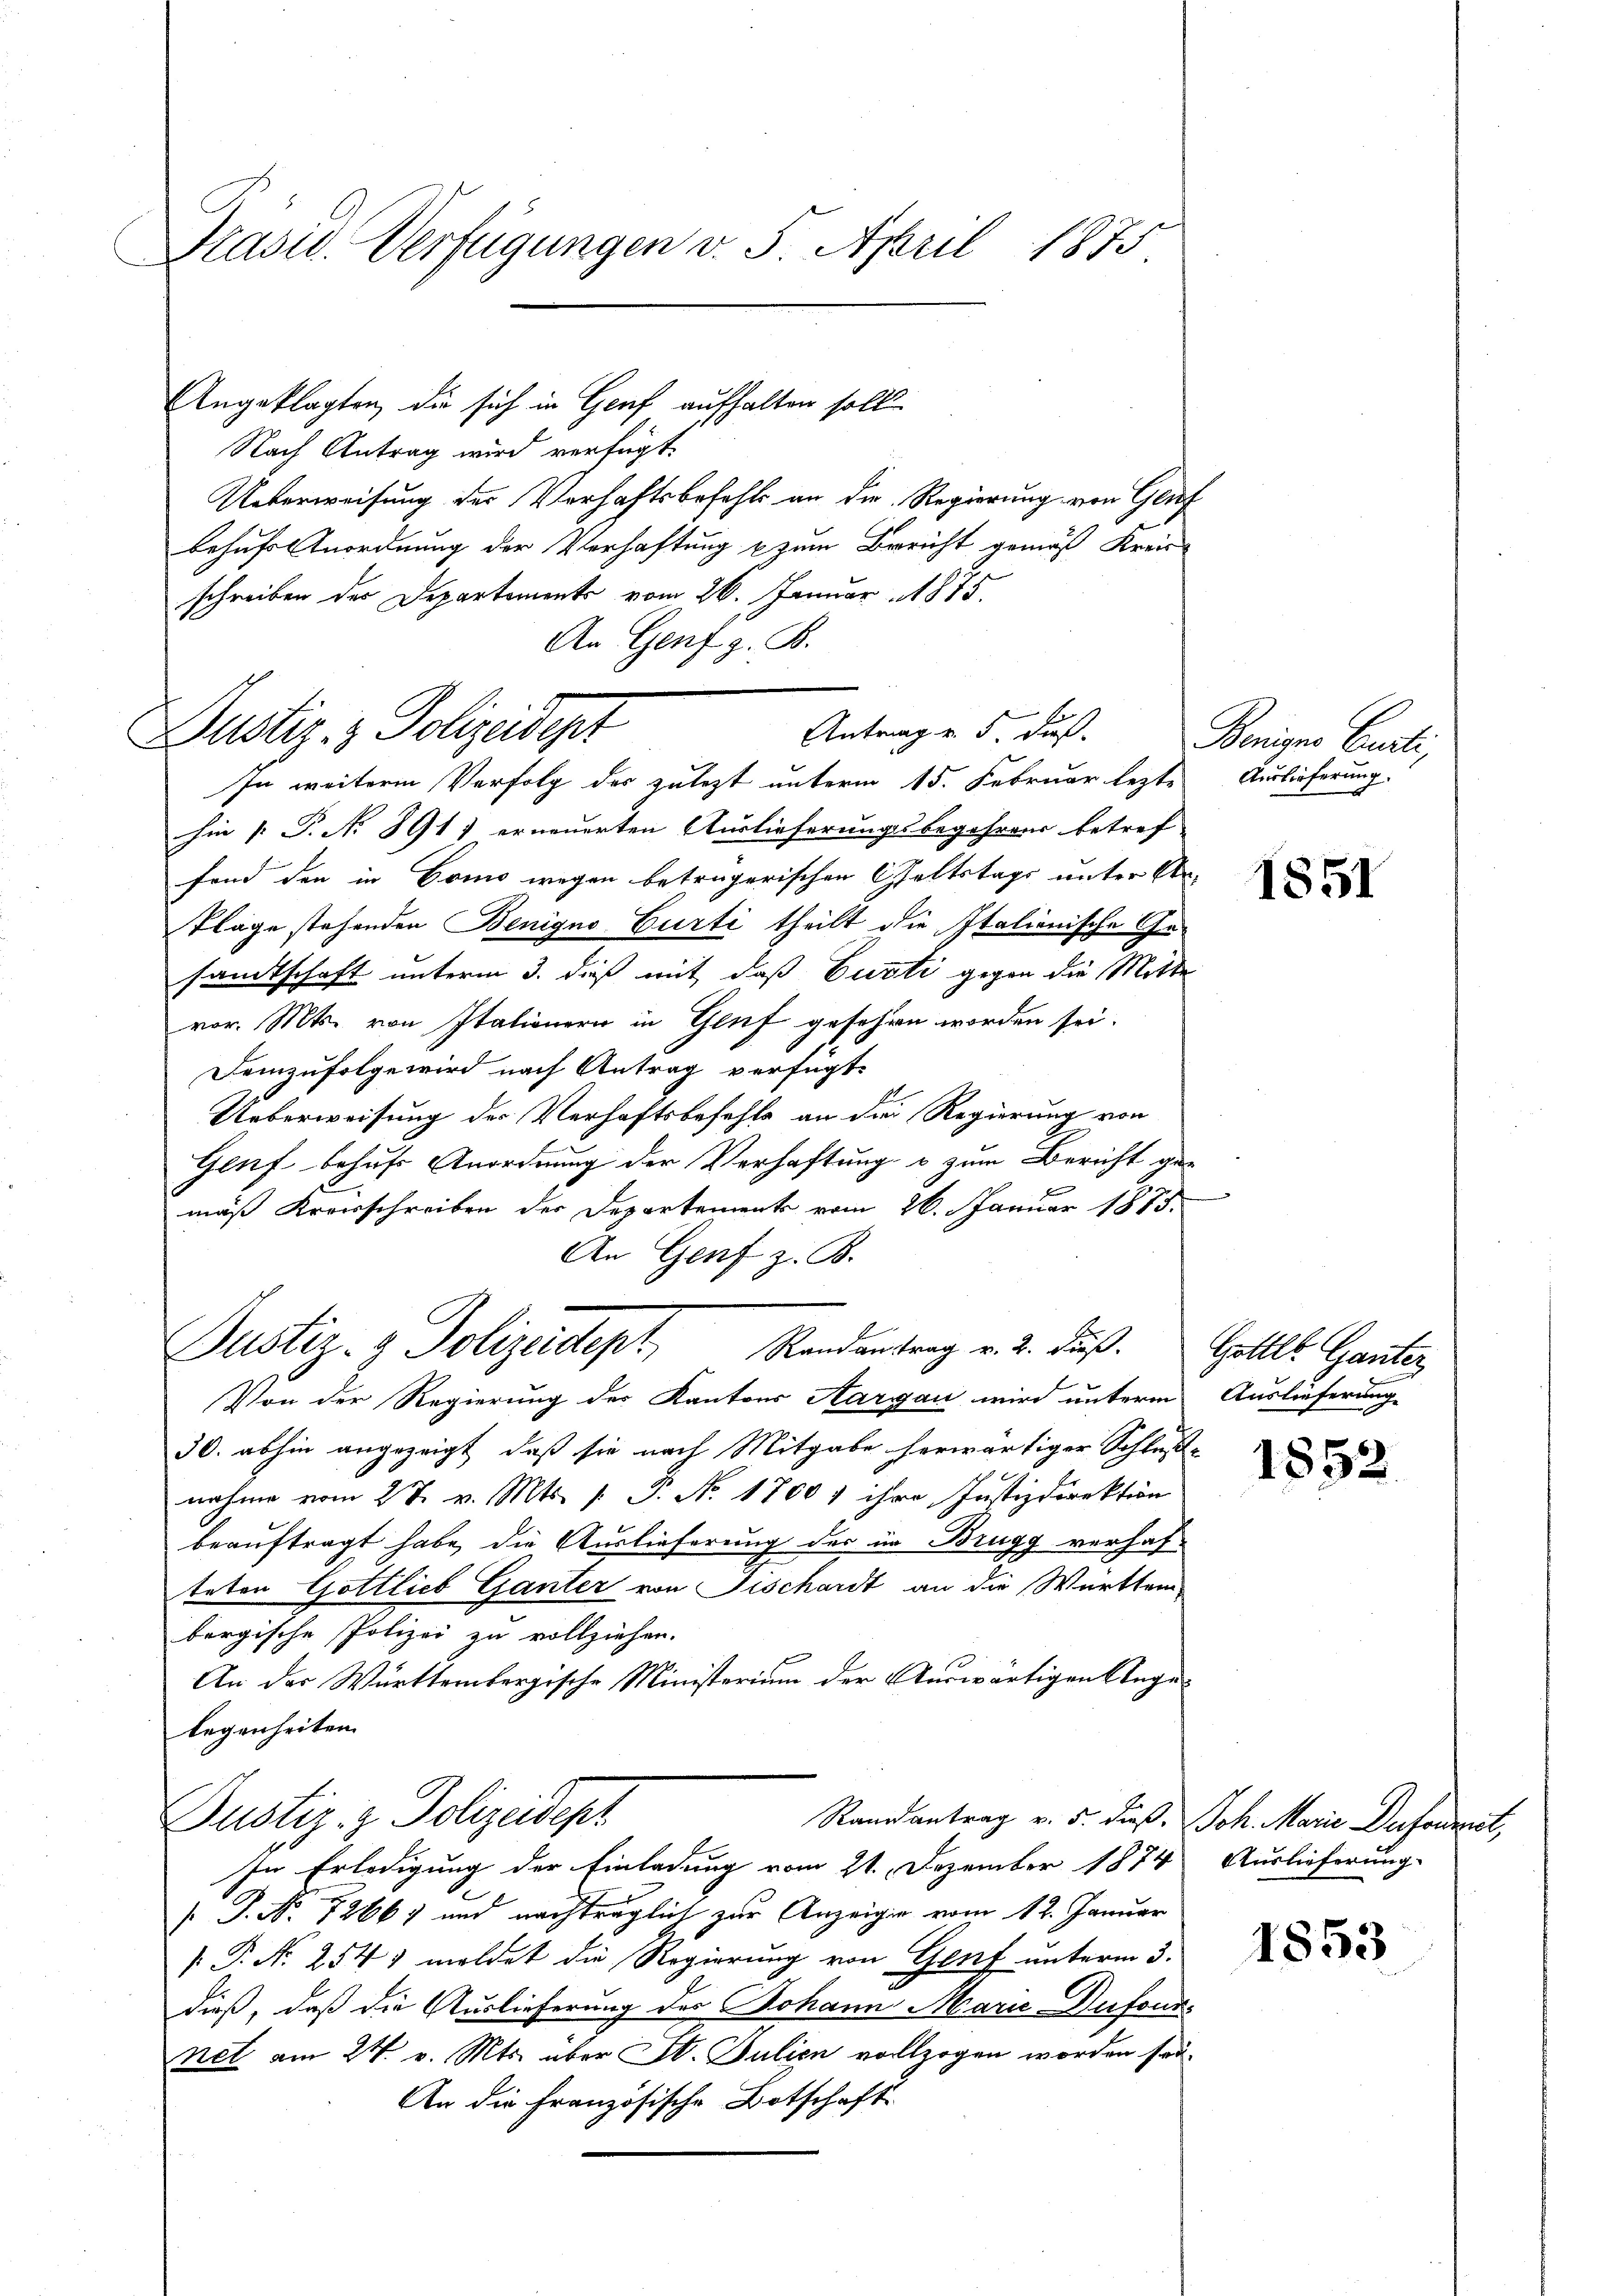
Pasid. Verfügungen v. 5. April 1875

Justiz- & Polizeidept

Angeklagten, die sich in Genf aufhalten soll
Nach Antrag wird verfügt:
Ueberweisung der Verhaftsbefehls an die Regierung von Genf
behufs Anordnung der Verhaftung zum Bericht gemäß Kreis
schreiben des Departements vom 26. Januar 1875.
An Genf z. B.
Antrag u. 5 Fuß.
In weitere Verfolg des zulezt unterm 15. Februar lezte
hin 1. P. Nr. 8911 erneuerten Auslieferungsbegehrens betref
fond den in Gonio wegen beträgerischen Geltstags unter An-
Plage stehenden Benigno Curti theilt die Italienische Gesandtschaft unterm 3. dieß mit daß Curti gegen die Mitte
vor. Mts. von Italienern in Genf gesehen worden sei.
Demzufolge wird nach Antrag verfügt:
Ueberweisung der Verhaftsbefehle an die Regierung von
Genf behufs Anordnung der Verhaftung & zum Bericht ge-
mäß Kronschreiben der Departements vom 26. Januar 1875.
An Genf z. B.
Justiz- & Polizadept, Mandantrag v. 2. Fuß.
Von der Regierung des Kantons Aargau wird unterm Auslieferung
30. abhin angezeigt, daß sie nach Mitgabe herwärtiger Schluß-
nahme vom 2 t v. Mts. f. P. Nr. 1700 1 ihre Justizdirektion
beauftragt habe, die Auslieferung des im Brugg verhafteten Gottlieb Ganter von Fischardt an die Württem
bergische Polizei zu vollziehen.
An der Württembergische Ministerium der Auswärtigen Angelegenheiten.
Justiz- & Polizeidept
Randantrag v. 5. dieß. Joh. Marie Dufoumet,
In Erledigung der Einladung vom 21. Dezember 1874
s P. Nr. 72667 und nachträglich zur Anzeigen vom 12. Januar
[ P. Nr. 254 1 meldet die Regierung von Genf unterm 3.
dieß, daß die Auslieferung des Johann Marie Defonds
net am 24. v. Mts. über St. Julien vollzogen worden sei.
An die Französische Botschaft

Beniger Curti,
Auslieferung.

1851

Gottl. Ganter

1852.

Auslieferung.

1853